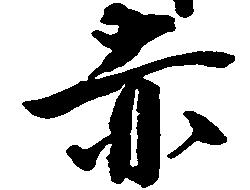
赤